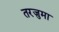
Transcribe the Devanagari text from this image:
तरजुमा